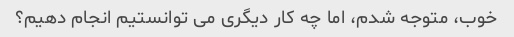
خوب، متوجه شدم، اما چه کار دیگری می توانستیم انجام دهیم؟